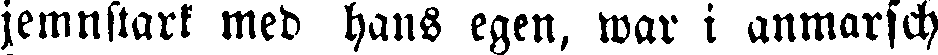
jemnstark med hans egen, war i anmarsch